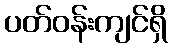
ပတ်ဝန်းကျင်ရှိ